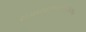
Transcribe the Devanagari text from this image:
राजकारणाविरोधात